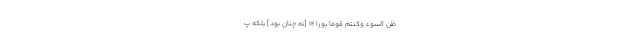
ظَنَّ السَّوْءِ وَكُنْتُمْ قَوْمًا بُورًا ۱۲ [نه چنان بود] بلكه پ